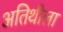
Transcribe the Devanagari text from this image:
अतिथीला